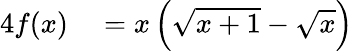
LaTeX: \begin{array}{rl}{{4}f(x)}&{{}=x\left({\sqrt{x+1}}-{\sqrt{x}}\right)}\end{array}